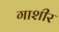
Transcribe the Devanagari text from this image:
गाशीर